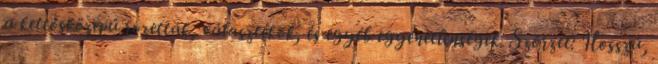
a kettősközepű rozetták, választékok, és egyéb egyenetlenségek. Szőrzet: Hosszú,